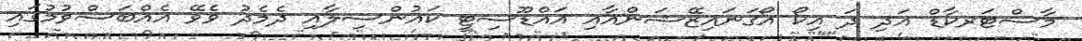
މާސްޓަރކާޑް އަދި ދަ އިކޯ އޯގަނައިޒޭޝަންއާއި އައްޑޫސިޓީ ކައުންސިލާއި ދެމެދު ވެވޭ އެއްބަސްވުމުގައި